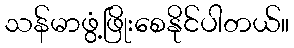
သန်မာဖွံ့ဖြိုးစေနိုင်ပါတယ်။